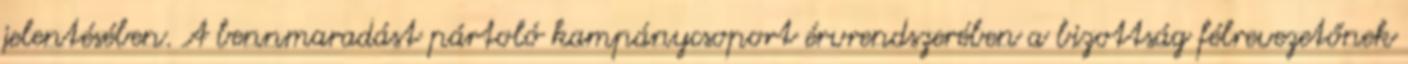
jelentésében. A bennmaradást pártoló kampánycsoport érvrendszerében a bizottság félrevezetőnek